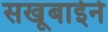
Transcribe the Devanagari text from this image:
सखूबाईने